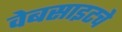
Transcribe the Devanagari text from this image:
वेबसाइटचे